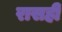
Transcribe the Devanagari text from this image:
रासही